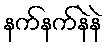
နက်နက်နဲနဲ